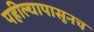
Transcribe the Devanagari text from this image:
पहील्यापासूनच